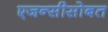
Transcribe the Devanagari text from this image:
एजन्सीसोबत